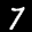
Label: 7